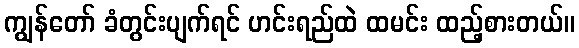
ကျွန်တော် ခံတွင်းပျက်ရင် ဟင်းရည်ထဲ ထမင်း ထည့်စားတယ်။